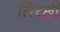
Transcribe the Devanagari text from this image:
तिच्छी